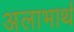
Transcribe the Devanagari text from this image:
अलाभार्थ